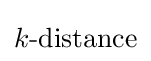
k{\text{-distance}}